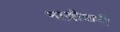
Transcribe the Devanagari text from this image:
नाज़ीवादी